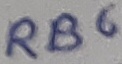
Text: RB6